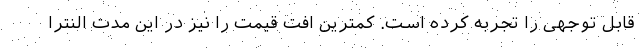
قابل توجهی را تجربه کرده است. کمترین افت قیمت را نیز در این مدت النترا